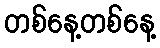
တစ်နေ့တစ်နေ့